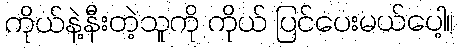
ကိုယ်နဲ့နီးတဲ့သူကို ကိုယ် ပြင်ပေးမယ်ပေါ့။